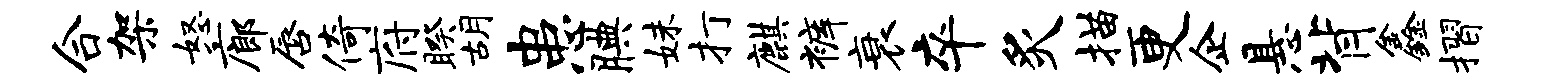
合架怒廊唇倚府睽胡患腆妹打麒裤衰卒炙描更企悬背鑫摺